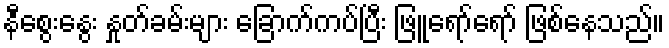
နီစွေးနွေး နှုတ်ခမ်းများ ခြောက်ကပ်ပြီး ဖြူရော်ရော် ဖြစ်နေသည်။